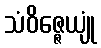
သံဝိဇ္ဇေယျုံ